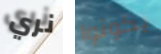
نري يكونوا